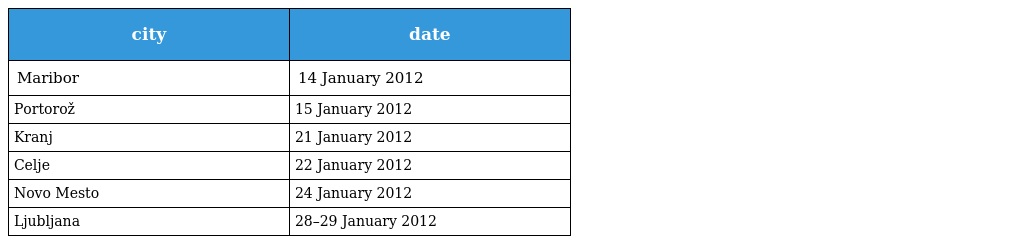
| city | date |
 | --- | --- |
 | Maribor | 14 January 2012 |
 | Portorož | 15 January 2012 |
 | Kranj | 21 January 2012 |
 | Celje | 22 January 2012 |
 | Novo Mesto | 24 January 2012 |
 | Ljubljana | 28–29 January 2012 |